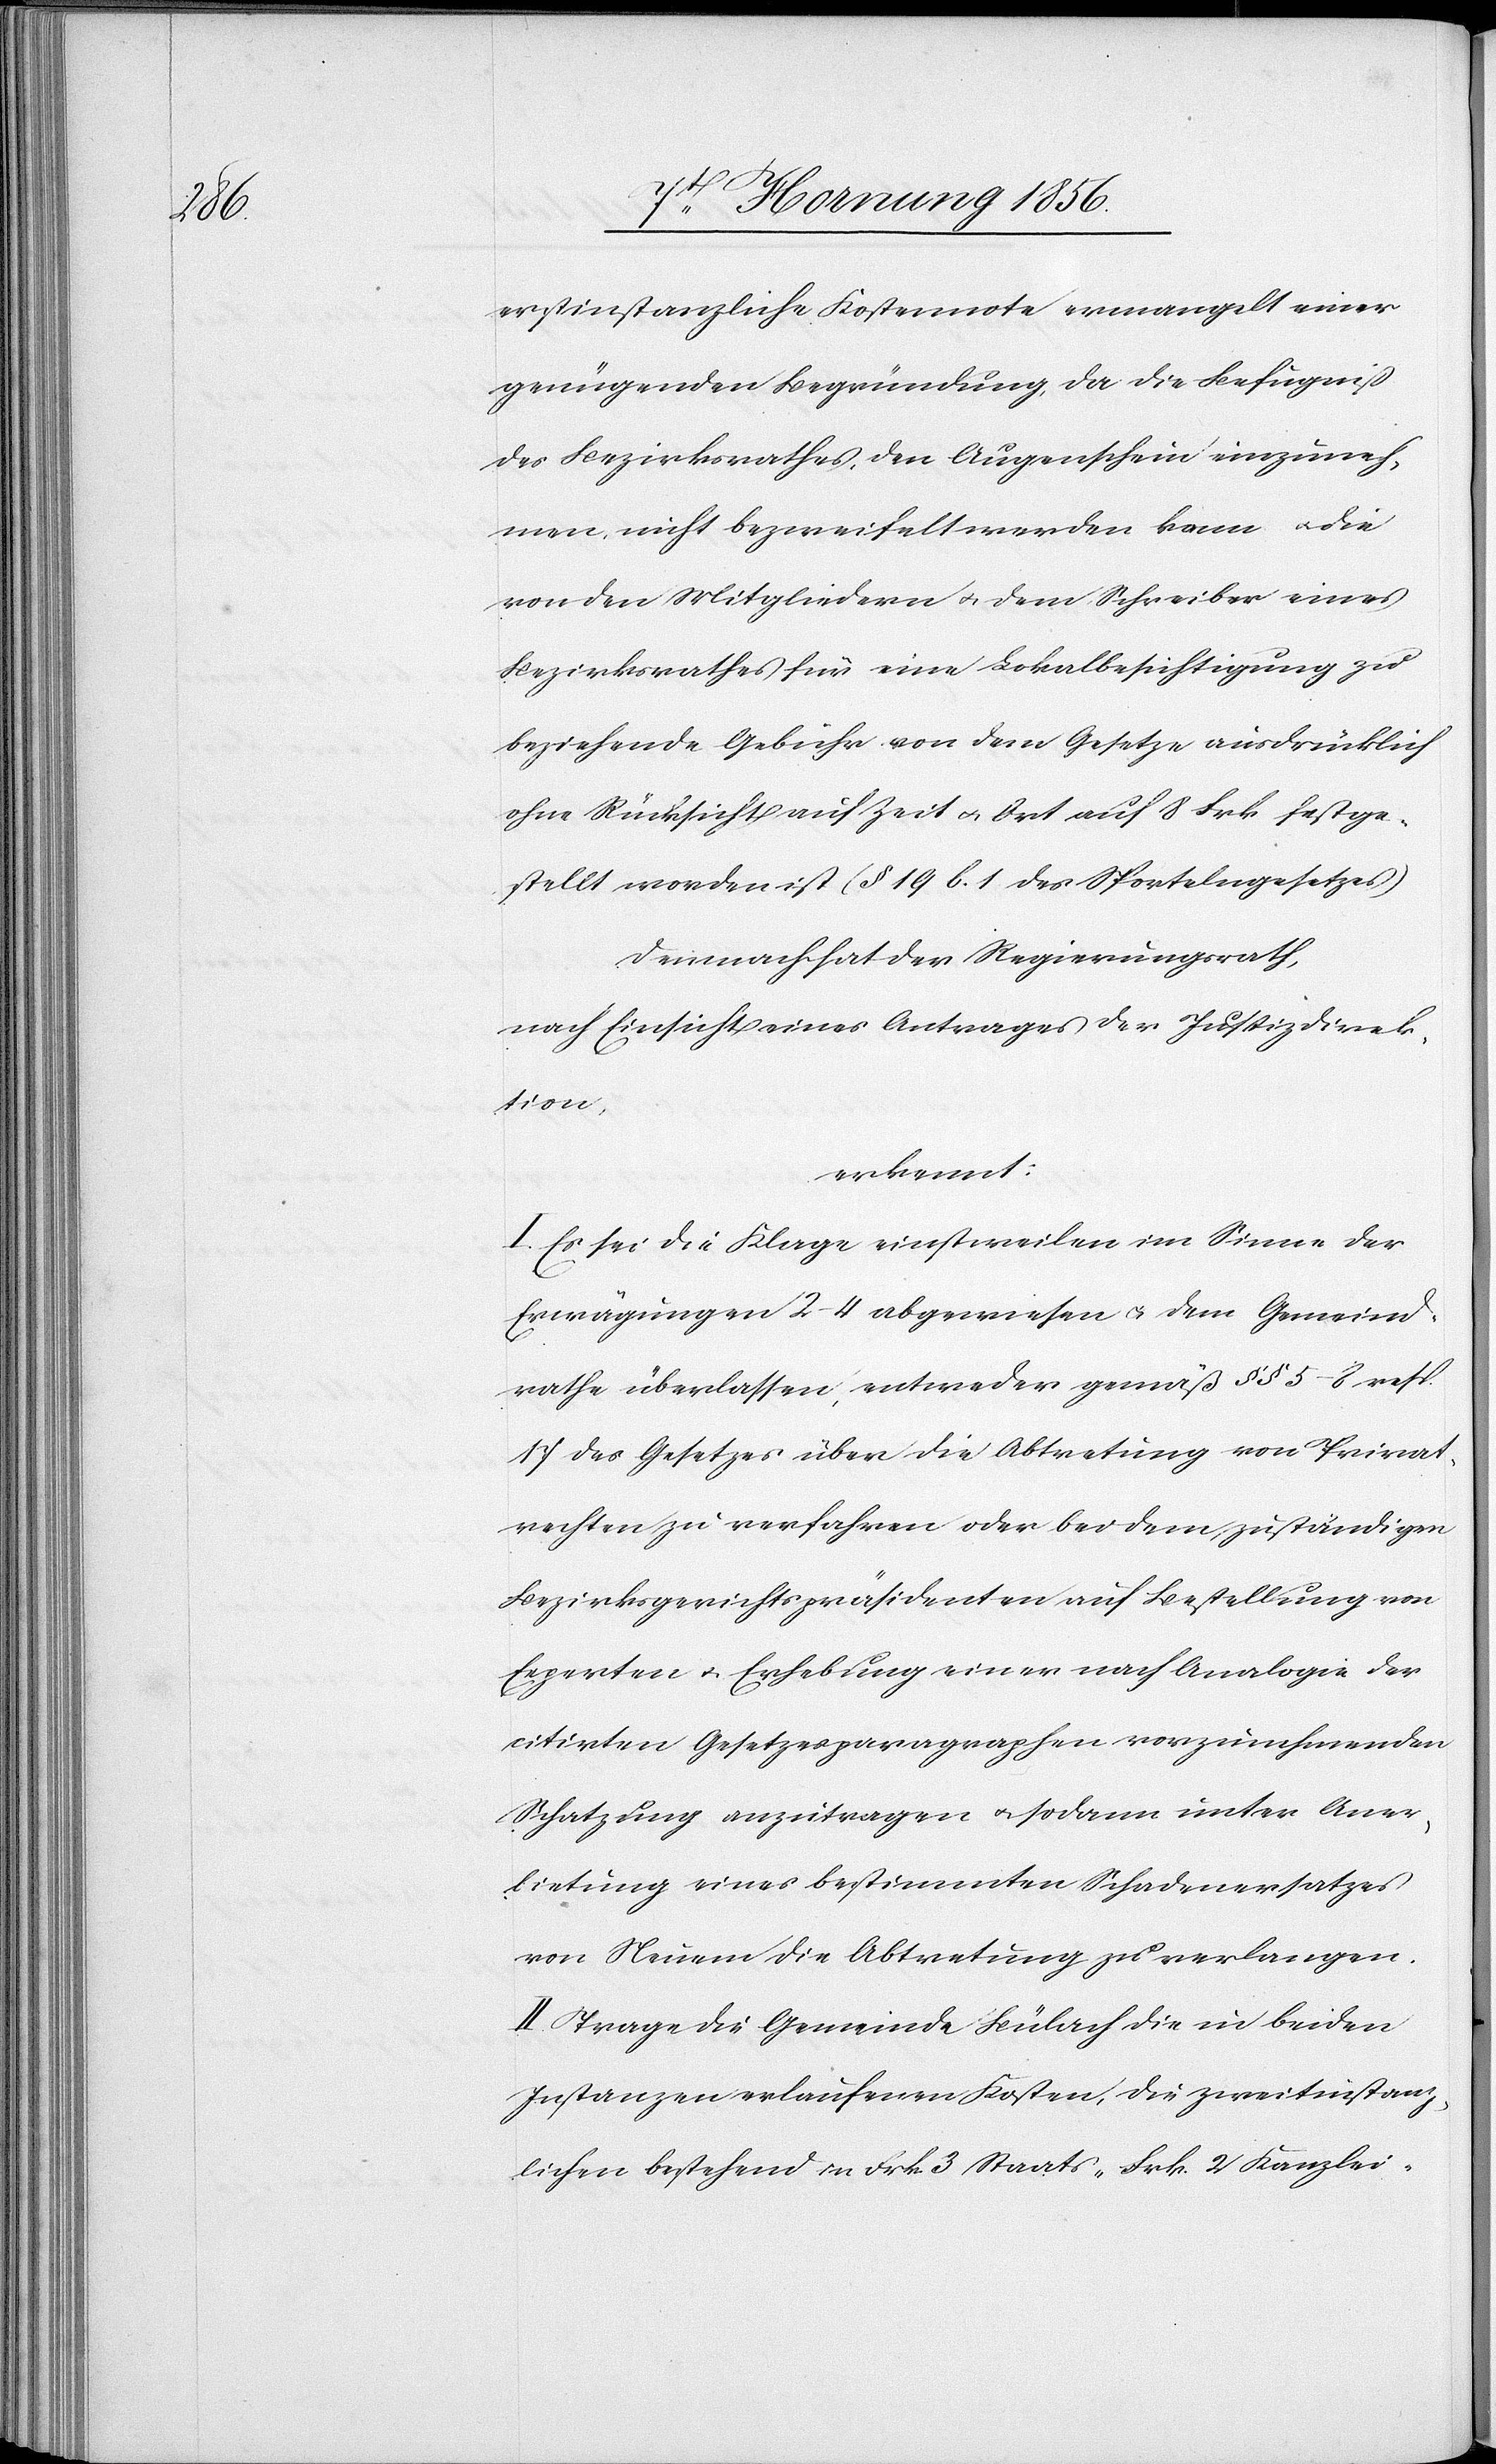
erstinstanzliche Kostennote ermangelt einer
genügenden Begründung, da die Befugniß
des Bezirksrathes, den Augenschein einzuneh¬
men, nicht bezweifelt werden kann u. die
von den Mitgliedern u. dem Schreiber eines
Bezirksrathes für eine Lokalbesichtigung zu
beziehende Gebühr von dem Gesetze ausdrücklich
ohne Rücksicht auf Zeit u. Ort auf 8 Frk festge¬
stellt worden ist (§ 19 b. 1 des Sportelngesetzes)
Demnach hat der Regierungsrath,
nach Einsicht eines Antrages der Justizdirek¬
tion,
erkennt:
I. Es sei die Klage einstweilen im Sinne der
Erwägungen 2–4 abgewiesen u. dem Gemeind¬
rathe überlassen, entweder gemäß §§ 5–8 resp.
17 des Gesetzes über die Abtretung von Privat¬
rechten zu verfahren oder bei dem zuständigen
Bezirksgerichtspräsidenten auf Bestellung von
Experten u. Erhebung einer nach Analogie der
citirten Gesetzesparagraphen vorzunehmenden
Schatzung anzutragen u. sodann unter Aner¬
bietung eines bestimmten Schadenersatzes
von Neuem die Abtretung zu verlangen.
II. Trage die Gemeinde Bülach die in beiden
Instanzen erlaufenen Kosten, die zweitinstanz¬
lichen bestehend in Frk. 3 Staats-[,] Frk. 2 Kanzlei-[,]